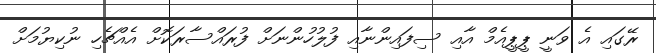
ރޭގައި އެ ވަނީ ޕީޕީއެމް އާއި ސިފައިންނާއި ފުލުހުންނަށް ފުރައްސާރަކޮށް އެއްޗެހި ނުކިޔުމަށް